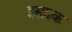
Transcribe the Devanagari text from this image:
इस्हाक